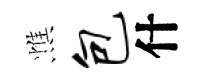
憔包什